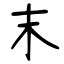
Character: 末